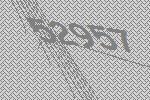
52957